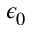
\epsilon _ { 0 }